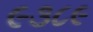
૯૩૮૯